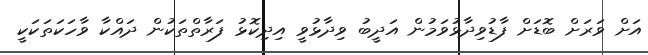
އަށް ވަރަށް ބޮޑަށް ފާޑުވިދާޅުވަމުން އަދީބު ވިދާޅުވީ އިދިކޮޅު ފަރާތްތަކުން ދައްކާ ވާހަކަތަކަކީ